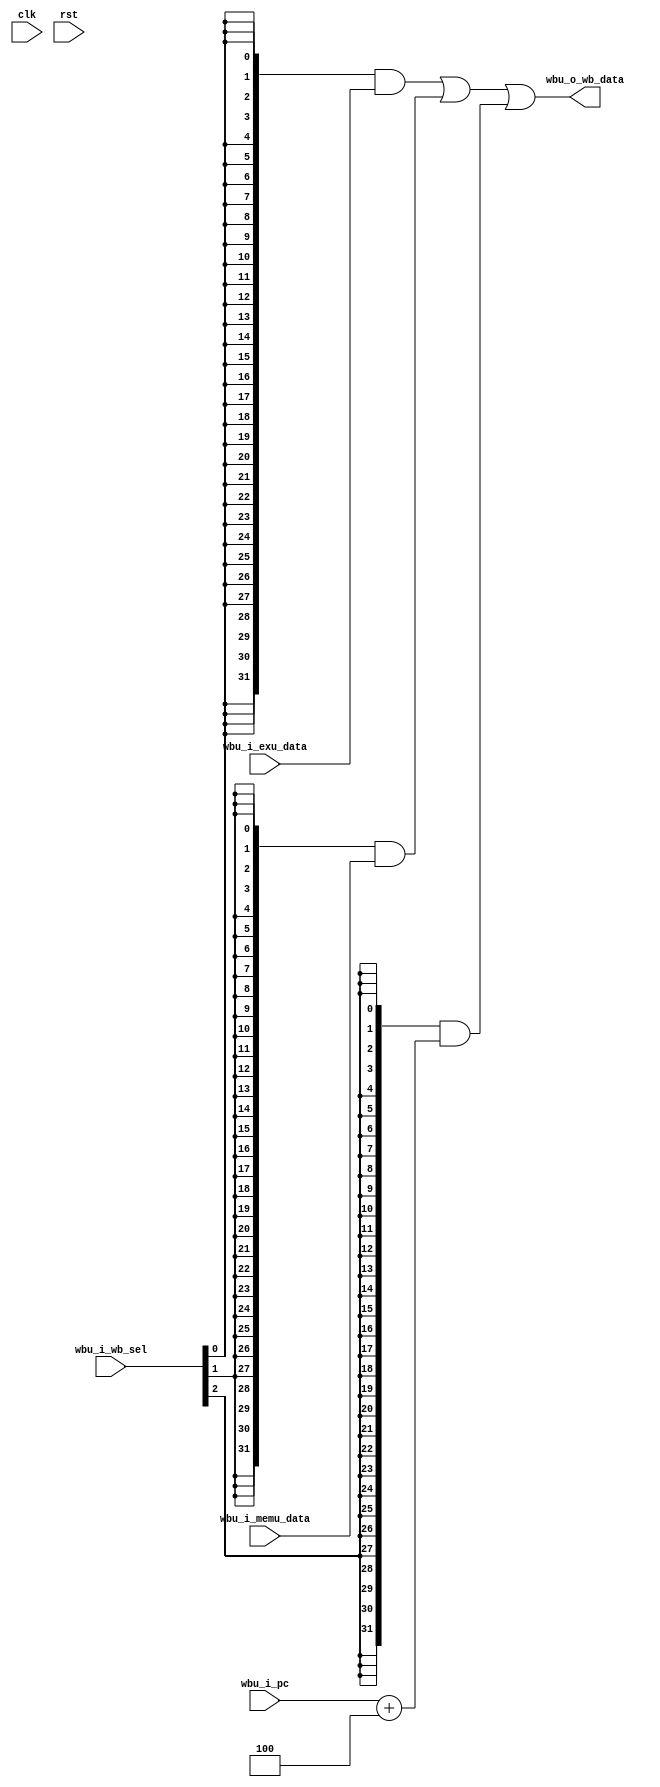

module wbu (
  input  clk,
  input  rst,
  input  [31:0] wbu_i_pc,
  input  [31:0] wbu_i_exu_data,
  input  [31:0] wbu_i_memu_data,
  input  [2:0]  wbu_i_wb_sel,
  output [31:0] wbu_o_wb_data
);

  assign wbu_o_wb_data = (
      ({32{wbu_i_wb_sel[0]}} & wbu_i_exu_data)
    | ({32{wbu_i_wb_sel[1]}} & wbu_i_memu_data)
    | ({32{wbu_i_wb_sel[2]}} & (wbu_i_pc + 4))
  );

endmodule